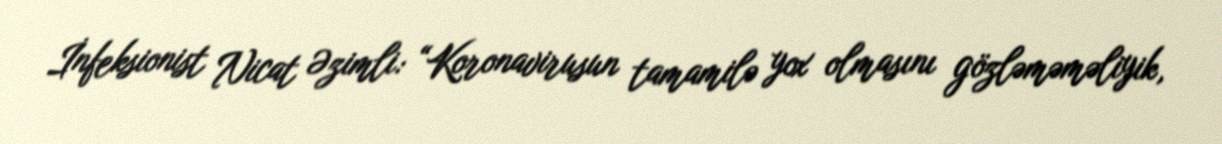
İnfeksionist Nicat Əzimli: “Koronavirusun tamamilə yox olmasını gözləməməliyik,